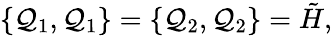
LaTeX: \{ \mathcal{Q}_{1},\mathcal{Q}_{1}\} =\{ \mathcal{Q}_{2},\mathcal{Q}_{2}\} =\tilde{{H}},